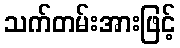
သက်တမ်းအားဖြင့်